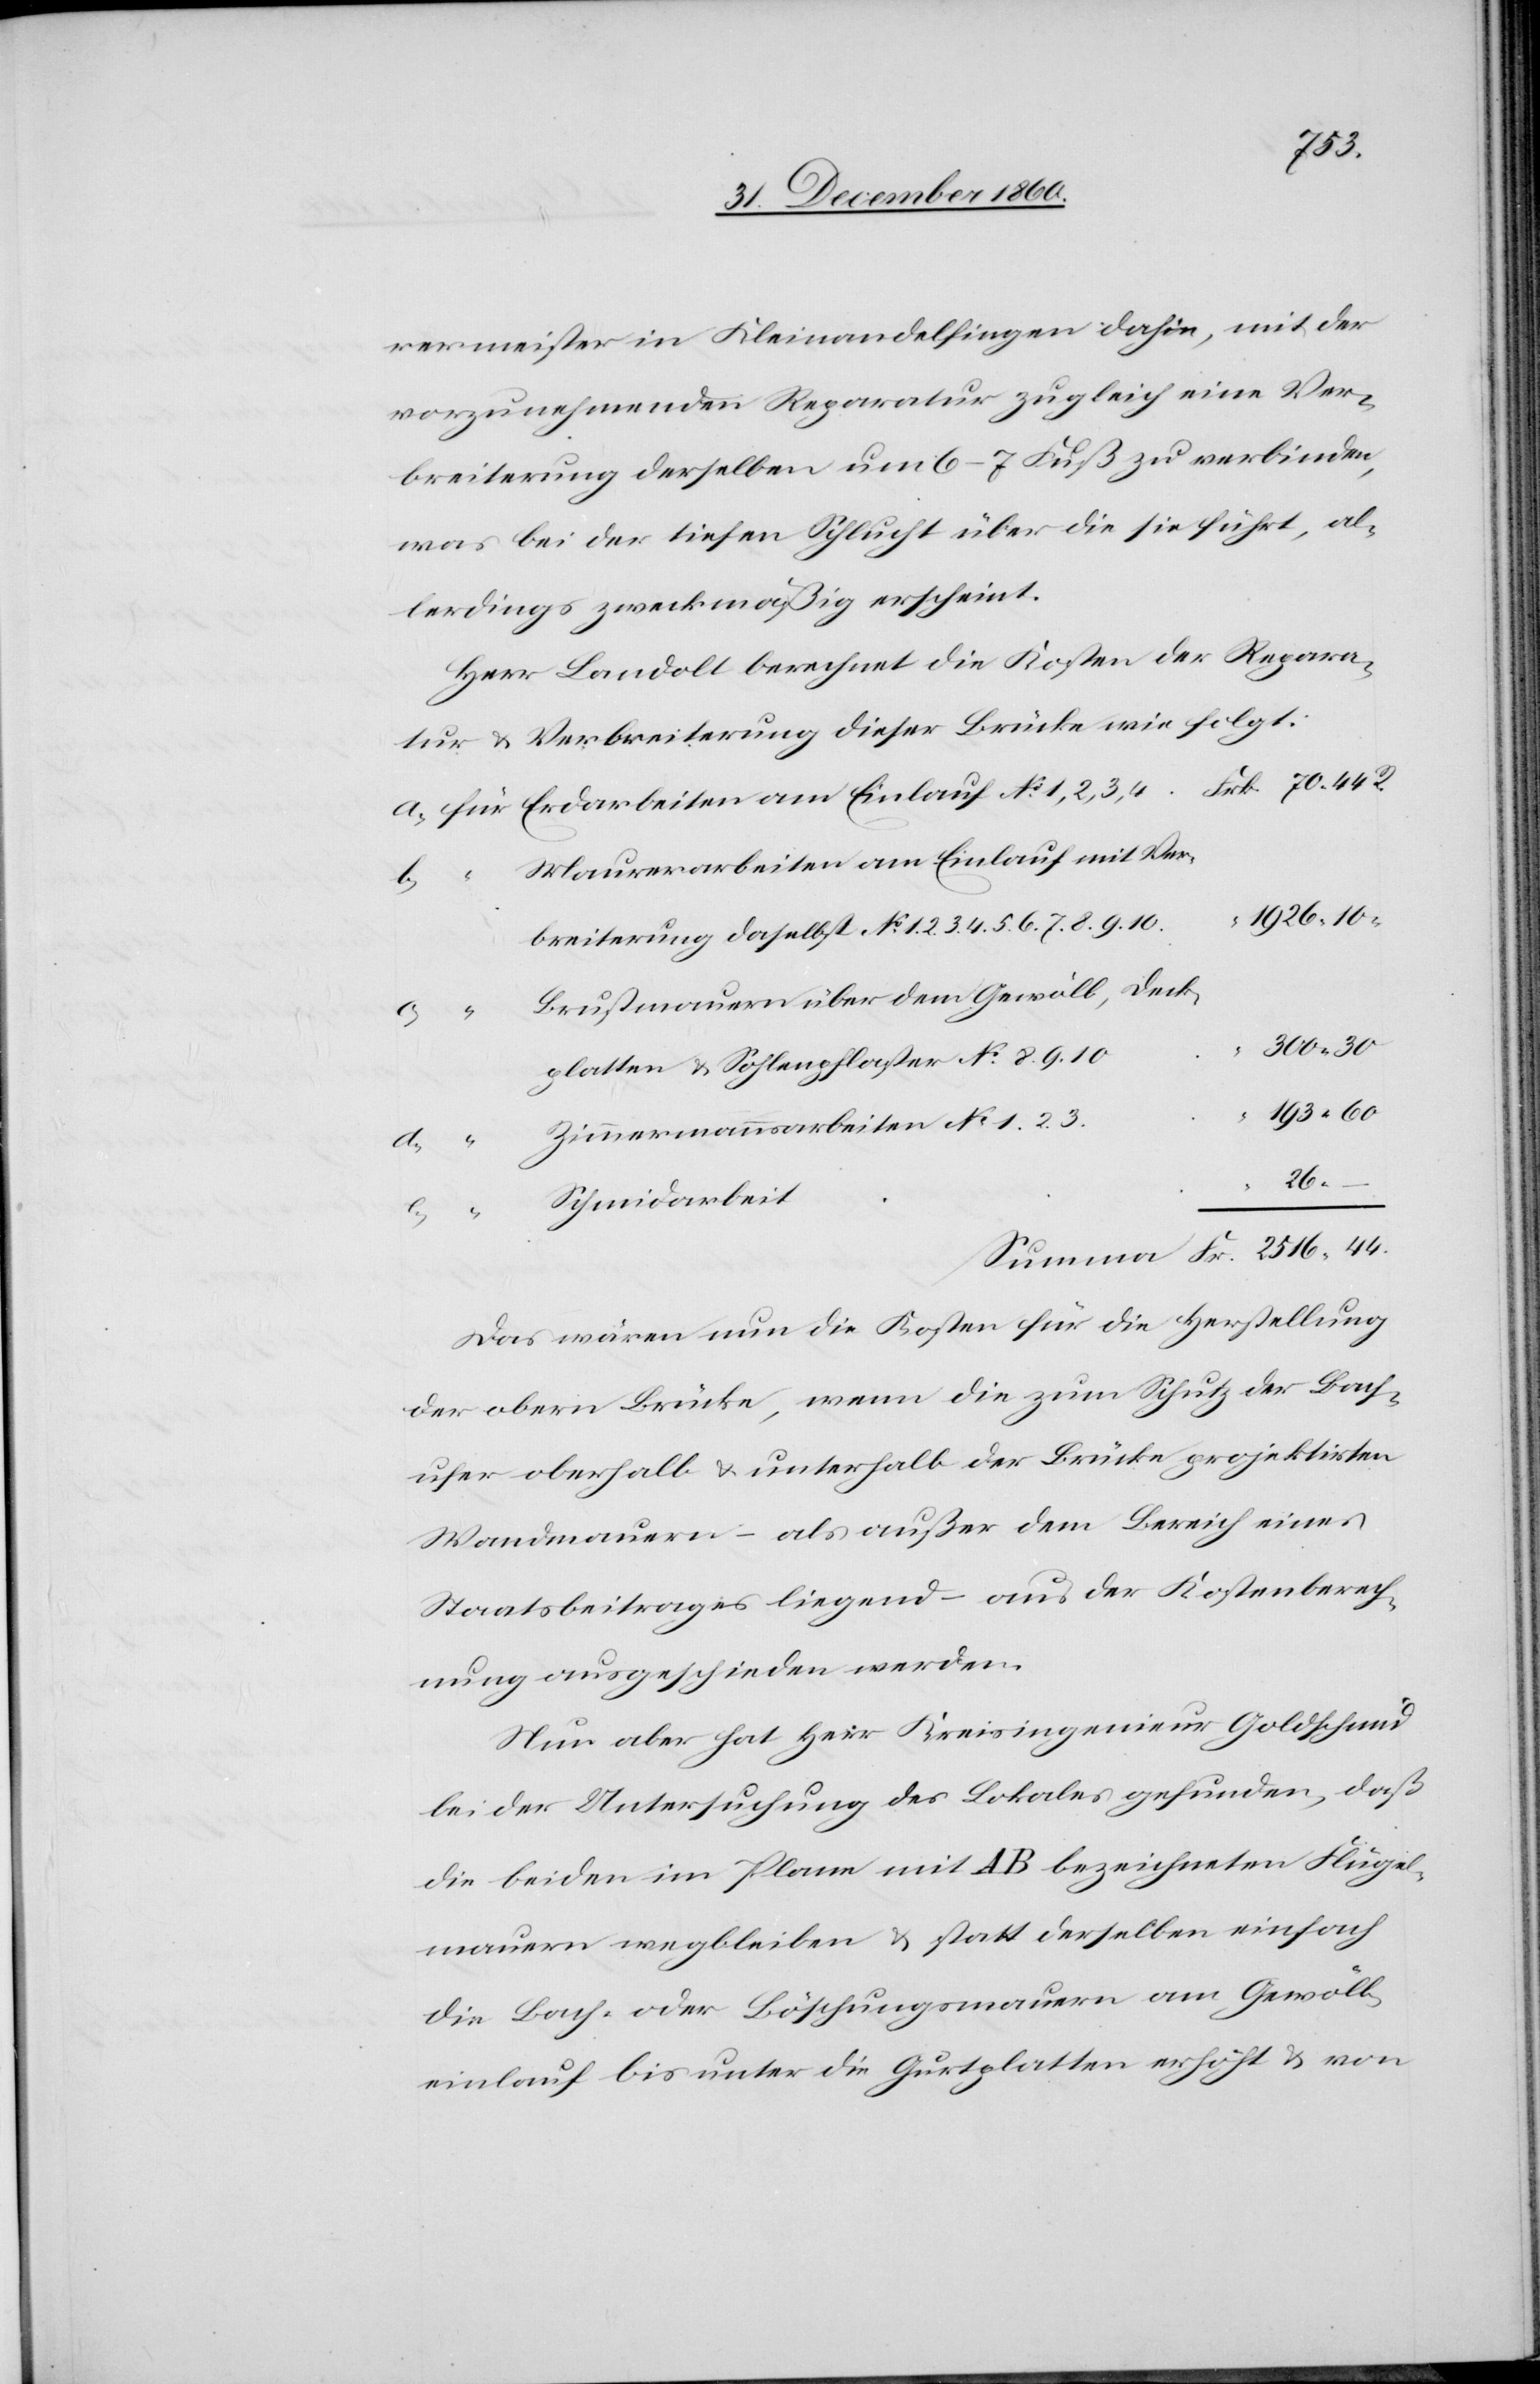
10
rermeister in Kleinandelfingen dahin, mit der
vorzunehmenden Reparatur zugleich eine Ver¬
breiterung derselben um 6–7 Fuß zu verbinden,
was bei der tiefen Schlucht über die sie führt, al¬
lerdings zweckmäßig erscheint.
Herr Landolt berechnet die Kosten der Repara¬
tur u. Verbreiterung dieser Brücke wie folgt:
Maurerarbeiten am Einlauf mit Ver¬
d.
Brutmauern über den Gewölb, Deck¬
platten u. Sohlenpflaster No 8. 9. 10
300
Zimmermannsarbeiten No 1. 2. 3.
Fr.
e.
Schmidarbeit
26
44
Das wären nun die Kosten für die Herstellung
der obern Brücke, wenn die zum Schutz der Bach¬
ufer oberhalb u. unterhalb der Brücke projektirten
Wandmauern – als außer dem Bereich eines
Staatsbeitrages liegend – aus der Kostenberech¬
nung ausgeschieden werden.
Nun aber hat Herr Kreisingenieur Goldschmid
bei der Untersuchung des Lokales gefunden, daß
die beiden im Plane mit AB bezeichneten Flügel¬
mauern wegbleiben u. statt derselben einfach
die Bach- oder Böschungsmauern am Gewölb¬
einlauf bis unter die Gurtplatten erhöht u. von